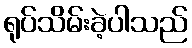
ရုပ်သိမ်းခဲ့ပါသည်